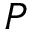
P